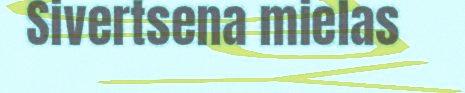
Sivertsena mielas